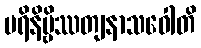
ပရိနိဗ္ဗိဿတျနာသဝေါတိ